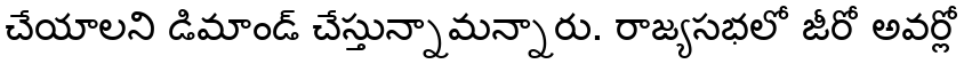
చేయాలని డిమాండ్ చేస్తున్నామన్నారు. రాజ్యసభలో జీరో అవర్లో